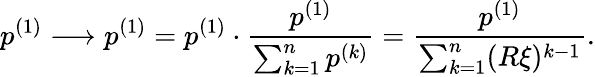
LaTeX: p^{(1)}\longrightarrow p^{(1)}=p^{(1)}\cdot\frac{p^{(1)}}{\sum_{k=1}^{n}p^{(k)}}=\frac{p^{(1)}}{\sum_{k=1}^{n}(R\xi)^{k-1}}.